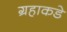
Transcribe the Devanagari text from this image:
ग्रहाकडे